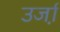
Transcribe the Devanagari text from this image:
उर्जा़